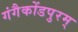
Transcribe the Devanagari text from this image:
गंगैकोंडपुरम्